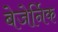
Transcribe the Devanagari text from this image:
बेजेर्निक